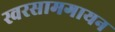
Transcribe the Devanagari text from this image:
स्वरसामगायन